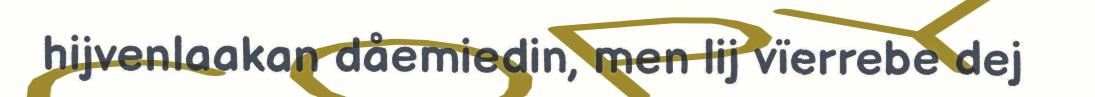
hijvenlaakan dåemiedin, men lij vïerrebe dej